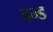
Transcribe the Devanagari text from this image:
दन्ड